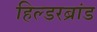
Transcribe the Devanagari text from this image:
हिल्डरब्रांड